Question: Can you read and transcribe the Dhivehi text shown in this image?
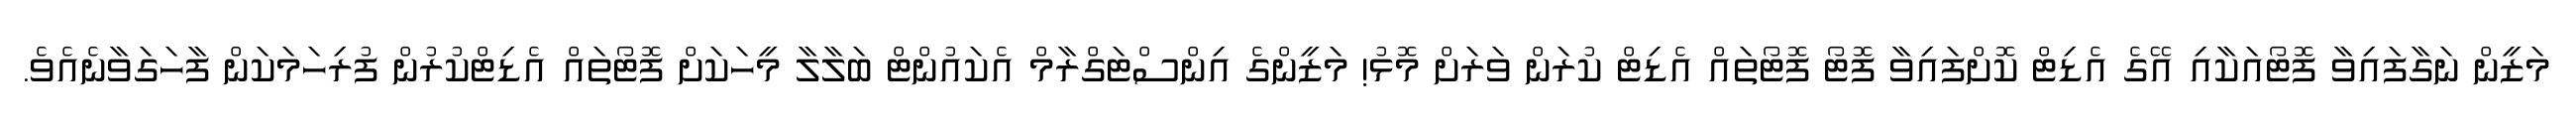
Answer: މަޒީން ނަގާފައިވާ ފޮޓޯއަކާއި އޭގެ އެޑިޓް ކޮށްފައިވާ ފޮޓޯ ފޮޓޯތައް އެޑިޓް ކުރަން ވަރަށް މޮޅު! މަޒީންގެ އިންސްޓަގްރާމް އެކައުންޓް ބަލާލާ މީހަކަށް ފޮޓޯތައް އެޑިޓްކުރުން ފުރިހަމަކަން ފާހަގަވާނެއެވެ.